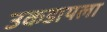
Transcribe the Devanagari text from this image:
उकडायला